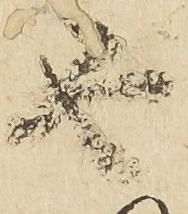
由